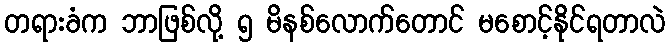
တရားခံက ဘာဖြစ်လို့ ၅ မိနစ်လောက်တောင် မစောင့်နိုင်ရတာလဲ